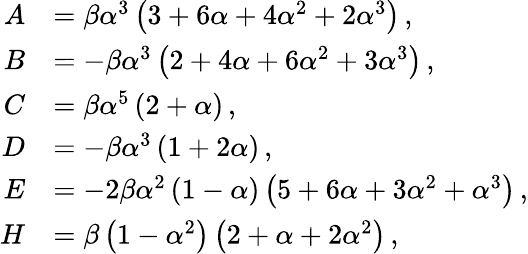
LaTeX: \begin{array}{rl}{A}&{=\beta\alpha^{3}\left(3+6\alpha+4\alpha^{2}+2\alpha^{3}\right)\, ,}\\ {B}&{=-\beta\alpha^{3}\left(2+4\alpha+6\alpha^{2}+3\alpha^{3}\right)\, ,}\\ {C}&{=\beta\alpha^{5}\left(2+\alpha\right)\, ,}\\ {D}&{=-\beta\alpha^{3}\left(1+2\alpha\right)\, ,}\\ {E}&{=-2\beta\alpha^{2}\left(1-\alpha\right)\left(5+6\alpha+3\alpha^{2}+\alpha^{3}\right)\, ,}\\ {H}&{=\beta\left(1-\alpha^{2}\right)\left(2+\alpha+2\alpha^{2}\right)\, ,}\end{array}